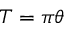
T = \pi \theta